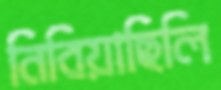
নিবিয়াছিলি